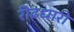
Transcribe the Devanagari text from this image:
रीढधारी